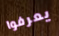
يعرفوا